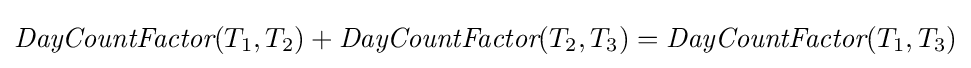
{\textit {DayCountFactor}}(T_{1},T_{2})+{\textit {DayCountFactor}}(T_{2},T_{3})={\textit {DayCountFactor}}(T_{1},T_{3})